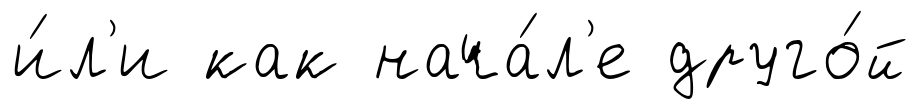
и́л'и как нача́л'е друго́й